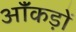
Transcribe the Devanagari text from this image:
ऑंकड़ों